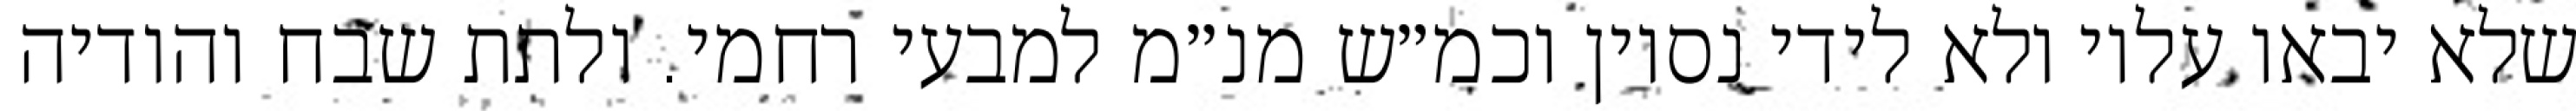
שלא יבאו עליו ולא לידי נסיון וכמ״ש מנ״מ למבעי רחמי. ולתת שבח והודיה